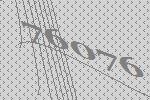
76076